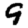
Digit: 9